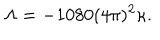
\Lambda = - 1 0 8 0 ( 4 \pi ) ^ { 2 } \kappa .